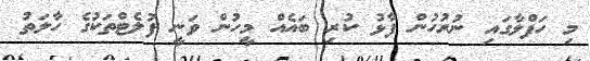
މި ހަފްލާގައި ނުރުހުން ފާޅު ކުރި ބައެއް މީހުން ވަނީ ފުލެޓްތަކުގެ ހާލަތު